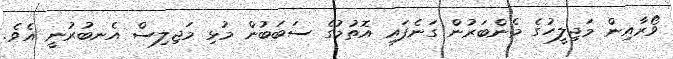
ވޯރާއިން މަޖިލީހުގެ މެންބަރުން ގަނެފައި އޮތުމުގެ ސަބަބުން މުޅި މަޖިލިސް އެނބުރުނީ އެވެ.